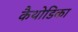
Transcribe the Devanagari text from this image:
कैथोडिका